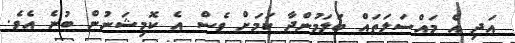
އަދި އެ މައްސަލަތައް ބަލަމުންދާ ކަމަށް ވެސް އެ ކޮމިޝަނުން ބުނެ އެވެ.